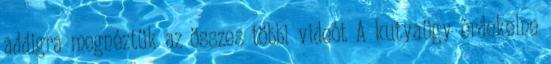
addigra megnéztük az összes többi videót A kutyaügy érdekelne